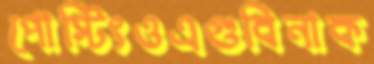
পোস্টিংওএগুবিনাক